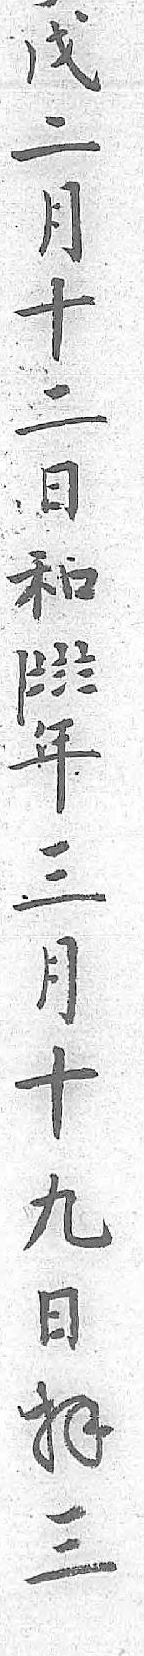
戊年二三月月十十二九日日和拝 三